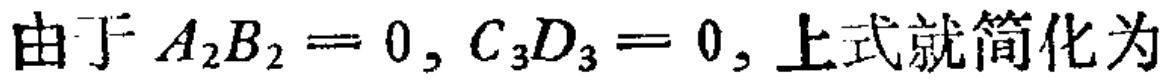
由于 \(A_{2}B_{2}=0, C_{3}D_{3}=0\), 上式就简化为